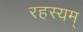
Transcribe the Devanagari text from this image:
रहस्यम्